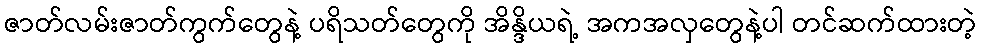
ဇာတ်လမ်းဇာတ်ကွက်တွေနဲ့ ပရိသတ်တွေကို အိန္ဒိယရဲ့ အကအလှတွေနဲ့ပါ တင်ဆက်ထားတဲ့